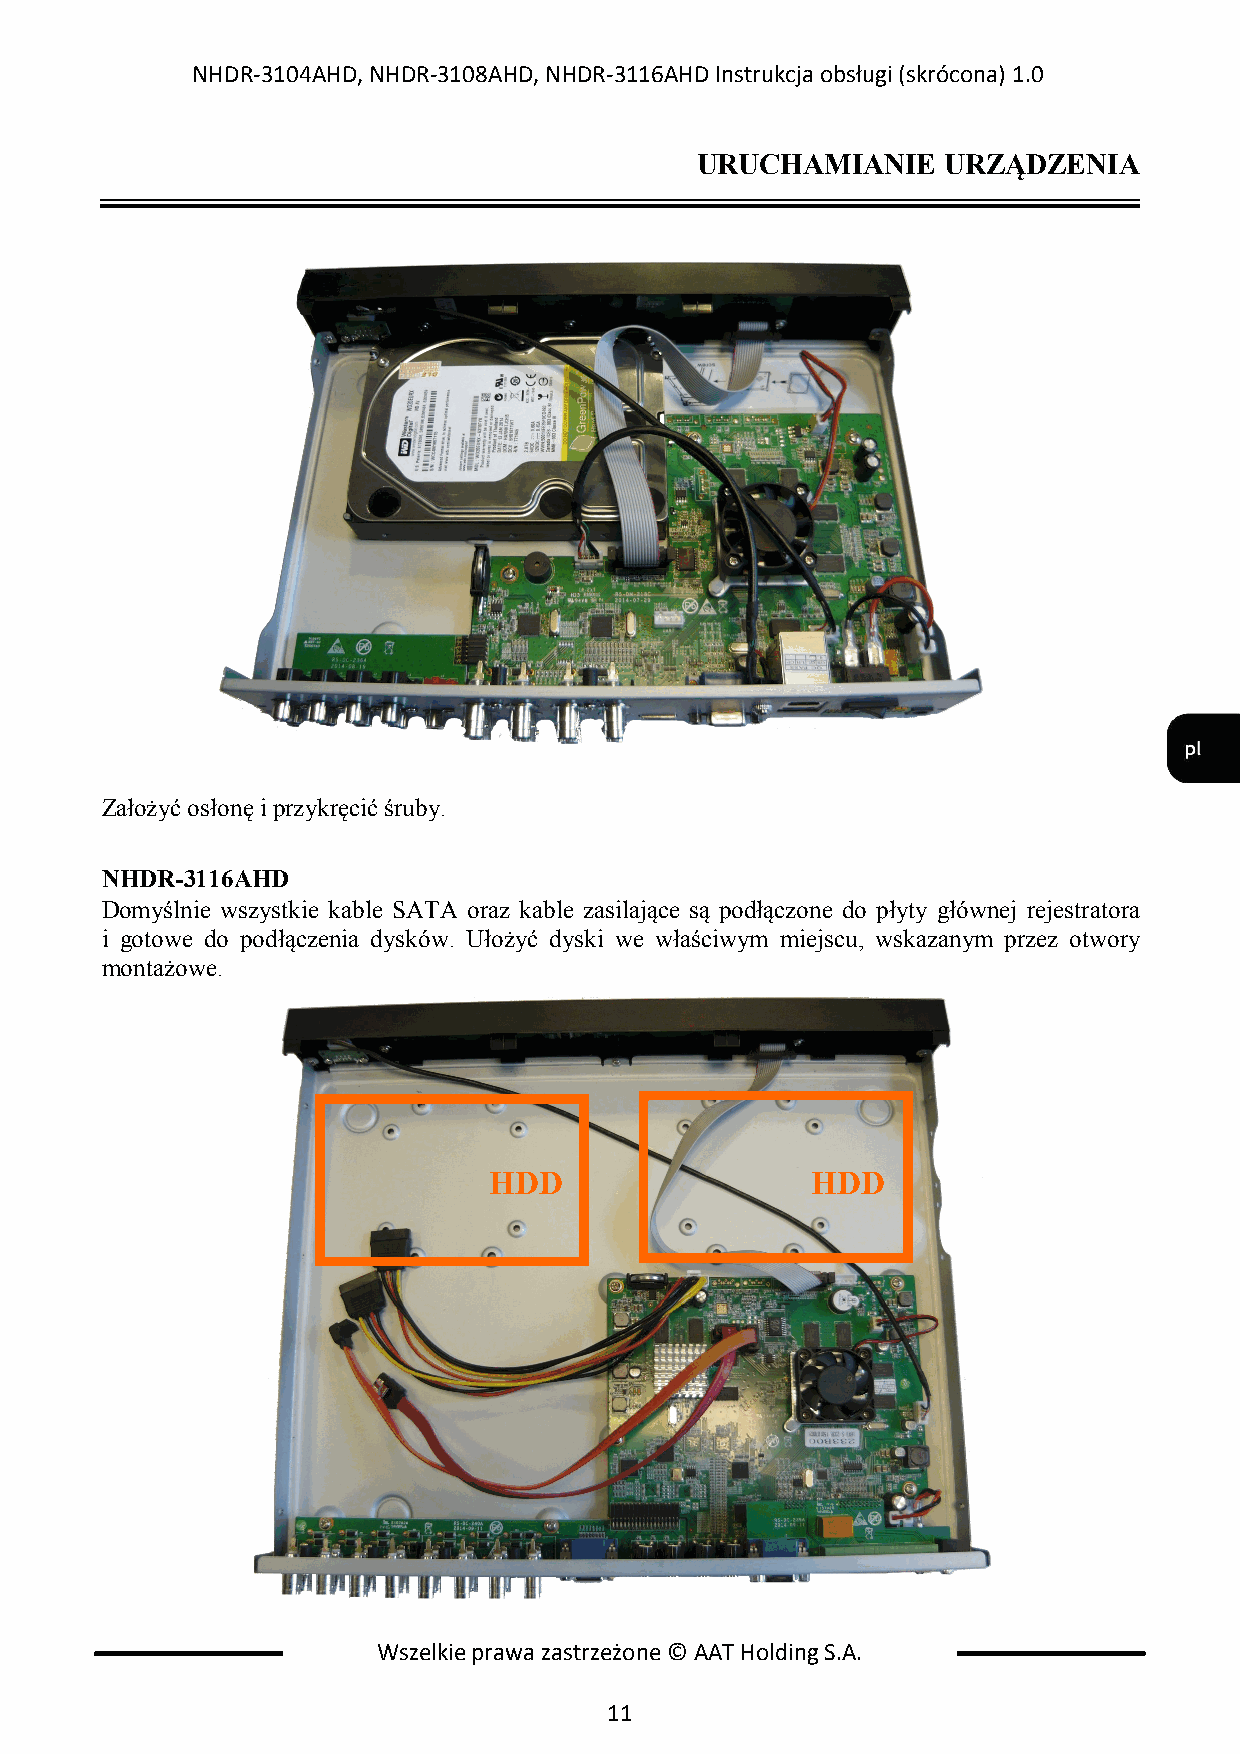
NHDR-3104AHD, NHDR-3108AHD, NHDR-3116AHD Instrukcja obsługi (skrócona) 1.0
 URUCHAMIANIE    URZĄDZENIA
 Założyć osłonę i przykręcić śruby.
 NHDR-3116AHD
 Domyślnie wszystkie kable SATA oraz kable zasilające są podłączone do płyty głównej rejestratora
 i gotowe do podłączenia dysków. Ułożyć dyski we właściwym miejscu, wskazanym przez otwory
 montażowe.
 HDD                   HDD
 Wszelkie prawa zastrzeżone © AAT Holding S.A.
 11